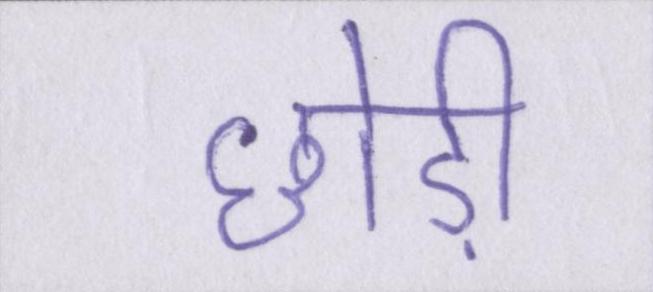
छोड़ी